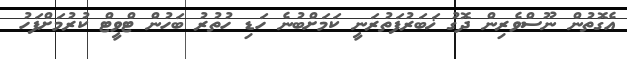
އެގޮތުން ނޫސްވެރިން ދޮގު ޚަބަރުފަތުރަނީ ކަމަށްބުނެ ހަޑި ހުތުރު ބަހުން ޓްވީޓް ކުުރުމަށްފަހު